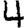
Digit: 4